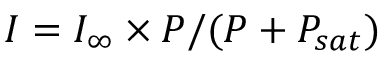
I = I _ { \infty } \times P / ( P + P _ { s a t } )